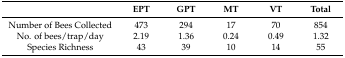
|  | EPT | GPT | MT | VT | Total |
 | --- | --- | --- | --- | --- | --- |
 | Number of Bees Collected | 473 | 294 | 17 | 70 | 854 |
 | No. of bees/trap/day | 2.19 | 1.36 | 0.24 | 0.49 | 1.32 |
 | Species Richness | 43 | 39 | 10 | 14 | 55 |